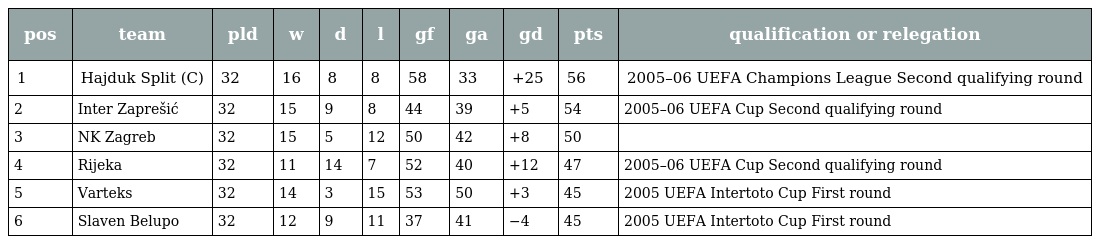
| pos | team | pld | w | d | l | gf | ga | gd | pts | qualification or relegation |
 | --- | --- | --- | --- | --- | --- | --- | --- | --- | --- | --- |
 | 1 | Hajduk Split (C) | 32 | 16 | 8 | 8 | 58 | 33 | +25 | 56 | 2005–06 UEFA Champions League Second qualifying round |
 | 2 | Inter Zaprešić | 32 | 15 | 9 | 8 | 44 | 39 | +5 | 54 | 2005–06 UEFA Cup Second qualifying round |
 | 3 | NK Zagreb | 32 | 15 | 5 | 12 | 50 | 42 | +8 | 50 |  |
 | 4 | Rijeka | 32 | 11 | 14 | 7 | 52 | 40 | +12 | 47 | 2005–06 UEFA Cup Second qualifying round |
 | 5 | Varteks | 32 | 14 | 3 | 15 | 53 | 50 | +3 | 45 | 2005 UEFA Intertoto Cup First round |
 | 6 | Slaven Belupo | 32 | 12 | 9 | 11 | 37 | 41 | −4 | 45 | 2005 UEFA Intertoto Cup First round |